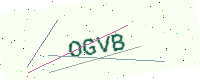
Text: OGVB